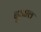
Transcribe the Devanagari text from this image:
दुआल